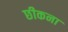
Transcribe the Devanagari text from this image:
छीकना